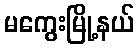
မကွေးမြို့နယ်